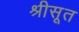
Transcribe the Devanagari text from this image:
श्रीसूत